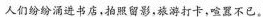
人们纷纷涌进书店，拍照留影，旅游打卡，喧嚣不已。